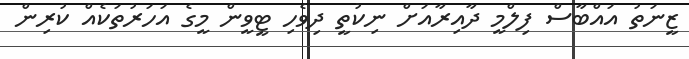
ޒީނަތު އައްބާސް ފިލްމީ ދާއިރާއަށް ނިކުތީ ދިވެހި ޓީވީން މީގެ އަހަރުތަކެއް ކުރިން